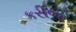
કરીજ